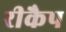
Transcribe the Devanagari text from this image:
रीकैप